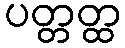
ပတ္တတ္ထ